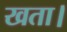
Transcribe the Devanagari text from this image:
खता।